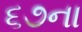
૬૭ના